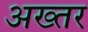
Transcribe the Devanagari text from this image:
अख्‍तर